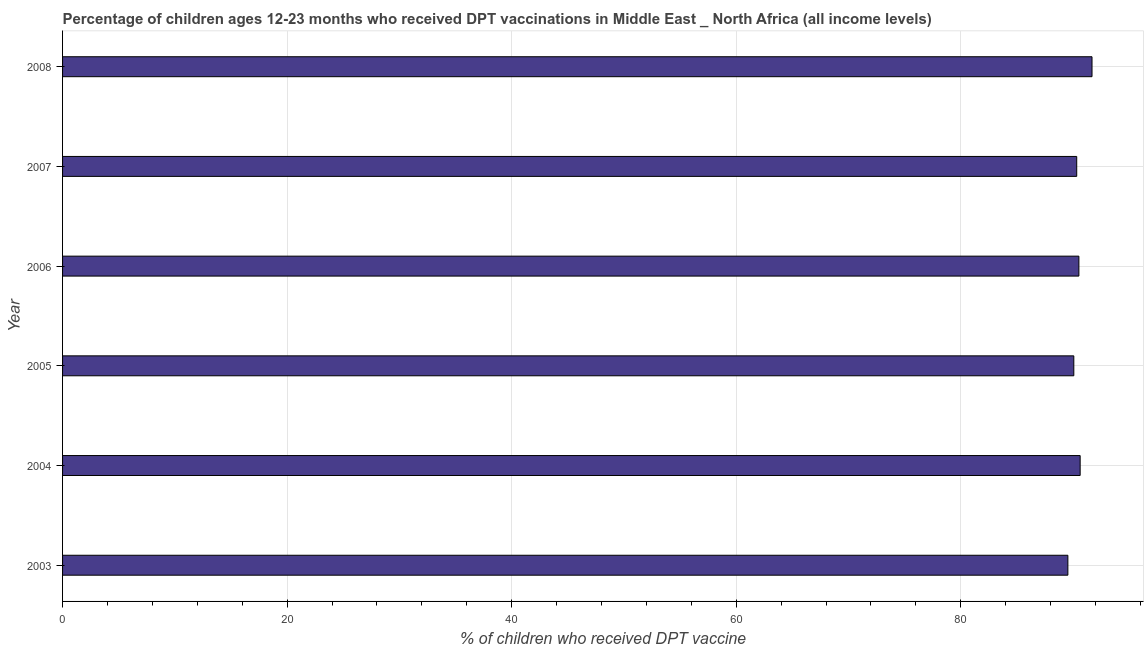
| Year | Immunization |
 | --- | --- |
 | 2003 | 89.5 |
 | 2004 | 90.6 |
 | 2005 | 90.1 |
 | 2006 | 90.5 |
 | 2007 | 90.3 |
 | 2008 | 91.7 |